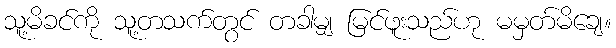
သူ့မိခင်ကို သူ့တသက်တွင် တခါမျှ မြင်ဖူးသည်ဟု မမှတ်မိချေ။